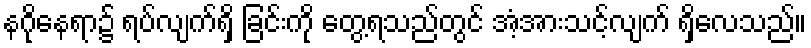
နဂိုနေရာ၌ ရပ်လျက်ရှိ ခြင်းကို တွေ့ရသည်တွင် အံ့အားသင့်လျက် ရှိလေသည်။